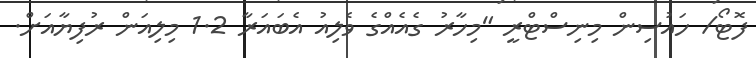
ފޮޓޯ/ ހައުސިން މިނިސްޓްރީ "މިހާރު ގެއެއްގެ ވެލިއު އެބައަރާ 1.2 މިލިއަން ރުފިޔާއަށް.